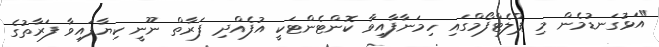
"އަޅުގަނޑުމެން މި ޕްލެޓްފޯމްގައި ހިމަނާފާއިވާ ކޮންޓެންޓަކީ އުފެއްދި ފަރާތް ނޫނީ ކިޔާފައިވާ ފަރާތުގެ